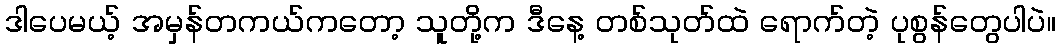
ဒါပေမယ့် အမှန်တကယ်ကတော့ သူတို့က ဒီနေ့ တစ်သုတ်ထဲ ရောက်တဲ့ ပုစွန်တွေပါပဲ။